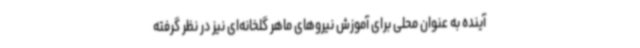
آینده به عنوان محلی برای آموزش نیروهای ماهر گلخانه‌ای نیز در نظر گرفته